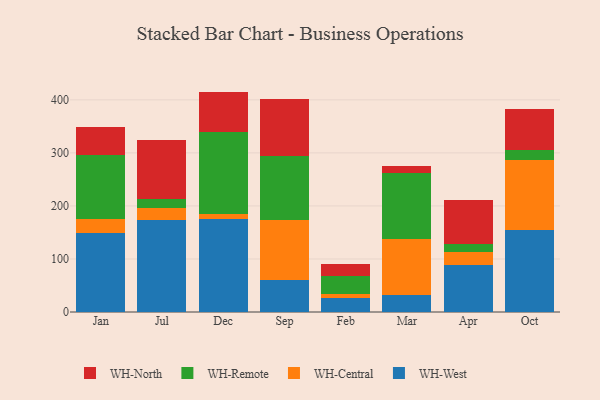
{"axis": {"x": "Month", "y": "Humidity (%)"}, "legend": ["WH-Central", "WH-North", "WH-Remote", "WH-West"], "data": [{"x": "Jan", "y": 148.6, "type": "WH-West"}, {"x": "Jan", "y": 26.2, "type": "WH-Central"}, {"x": "Jan", "y": 121.0, "type": "WH-Remote"}, {"x": "Jan", "y": 52.6, "type": "WH-North"}, {"x": "Jul", "y": 172.6, "type": "WH-West"}, {"x": "Jul", "y": 22.6, "type": "WH-Central"}, {"x": "Jul", "y": 18.7, "type": "WH-Remote"}, {"x": "Jul", "y": 109.6, "type": "WH-North"}, {"x": "Dec", "y": 174.6, "type": "WH-West"}, {"x": "Dec", "y": 10.8, "type": "WH-Central"}, {"x": "Dec", "y": 154.4, "type": "WH-Remote"}, {"x": "Dec", "y": 75.8, "type": "WH-North"}, {"x": "Sep", "y": 60.4, "type": "WH-West"}, {"x": "Sep", "y": 113.4, "type": "WH-Central"}, {"x": "Sep", "y": 120.4, "type": "WH-Remote"}, {"x": "Sep", "y": 107.3, "type": "WH-North"}, {"x": "Feb", "y": 26.3, "type": "WH-West"}, {"x": "Feb", "y": 8.3, "type": "WH-Central"}, {"x": "Feb", "y": 32.5, "type": "WH-Remote"}, {"x": "Feb", "y": 22.7, "type": "WH-North"}, {"x": "Mar", "y": 32.4, "type": "WH-West"}, {"x": "Mar", "y": 105.6, "type": "WH-Central"}, {"x": "Mar", "y": 124.4, "type": "WH-Remote"}, {"x": "Mar", "y": 12.8, "type": "WH-North"}, {"x": "Apr", "y": 88.5, "type": "WH-West"}, {"x": "Apr", "y": 25.1, "type": "WH-Central"}, {"x": "Apr", "y": 15.0, "type": "WH-Remote"}, {"x": "Apr", "y": 81.9, "type": "WH-North"}, {"x": "Oct", "y": 154.0, "type": "WH-West"}, {"x": "Oct", "y": 132.4, "type": "WH-Central"}, {"x": "Oct", "y": 18.2, "type": "WH-Remote"}, {"x": "Oct", "y": 77.4, "type": "WH-North"}]}